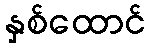
နှစ်ထောင်